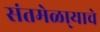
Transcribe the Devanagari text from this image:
संतमेळा्याचे